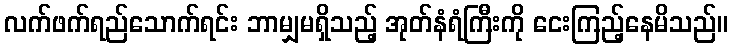
လက်ဖက်ရည်သောက်ရင်း ဘာမျှမရှိသည့် အုတ်နံရံကြီးကို ငေးကြည့်နေမိသည်။